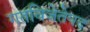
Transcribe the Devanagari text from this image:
गतविजेतेपद